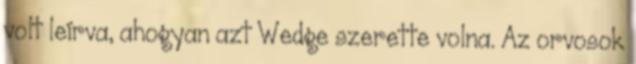
volt leírva, ahogyan azt Wedge szerette volna. Az orvosok